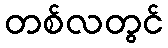
တစ်လတွင်